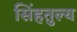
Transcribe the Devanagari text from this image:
सिंहतुल्य